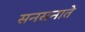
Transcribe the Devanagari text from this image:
सनसनाते